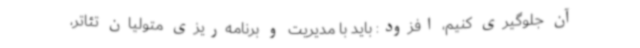
آن جلوگیری کنیم، افزود: باید با مدیریت و برنامه‌ریزی متولیان تئاتر،